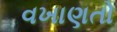
વખાણતો